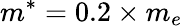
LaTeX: m^{*}=0.2\times m_{e}